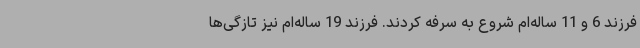
فرزند 6 و 11 ساله‌ام شروع به سرفه کردند. فرزند 19 ساله‌ام نیز تازگی‌ها